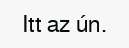
Itt az ún.